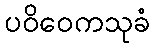
ပဝိဝေကသုခံ